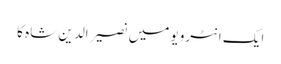
ایک انٹرویو میں نصیر الدین شاہ کا